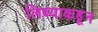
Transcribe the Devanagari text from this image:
लिब्याकडून